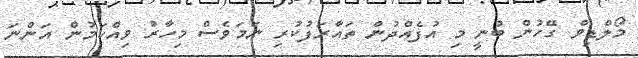
މޯލްޑިވް ގޭހުން ބުނީ މި އުފެއްދުން ތައާރަފުކުރި ނަމަވެސް މިހާރު ވިއްކަމުން އަންނަ